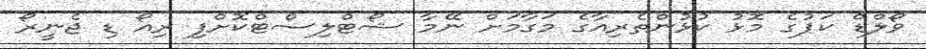
ވޯލްޑް ކަޕުގެ މޮޅު ކުޅުންތެރިއާގެ މަގާމަށް ނޭމާ ޝޯޓްލިސްޓްކޮށްފި ރިއޯ ޑި ޖެނީރޯ